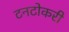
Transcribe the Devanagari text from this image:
टनटोकरी